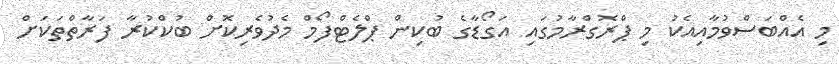
މި އެއްބަސްވުމާއިއެކު މި ޕްރޮގްރާމުގައި އަގޯޑާގެ ބުކިން ޕްލެޓްފޯމް މެދުވެރިކޮށް ބުކްކުރާ ފަރާތްތަކަށް